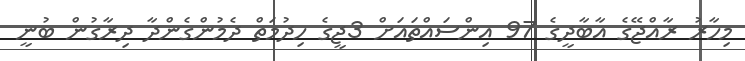
މިހާރު ރާއްޖޭގެ އާބާދީގެ 97 އިންސައްތައަށް 3ޖީގެ ހިދުމަތް ދެމުންގެންދާ ދިރާގުން ބުނީ